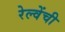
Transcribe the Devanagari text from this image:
रेल्वेंची